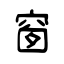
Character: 窗